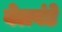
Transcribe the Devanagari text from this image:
बेलवंडे